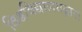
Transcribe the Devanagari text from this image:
विश्वविद्यालयद्वारा